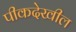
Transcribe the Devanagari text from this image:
पीकदेखील